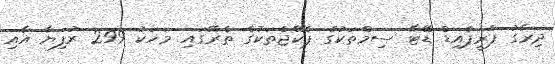
ދިރާގު ޕްރީޕެއިޑް ޑޭޓާ ސިމްތަކުގެ ޕެކޭޖްތަކުގެ ތެރޭގައި މަހަކު 299 ރުފިޔާ އާއި